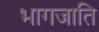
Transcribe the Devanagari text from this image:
भागजाति